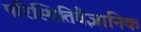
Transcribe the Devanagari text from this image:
परिस्थितिवैज्ञानिक